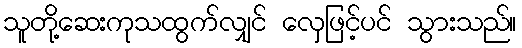
သူတို့ဆေးကုသထွက်လျှင် လှေဖြင့်ပင် သွားသည်။